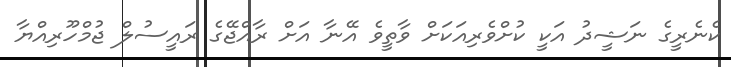
ކެނެރީގެ ނަޝީދު އަކީ ކުށްވެރިއަކަށް ވާތީވެ އޭނާ އަށް ރާއްޖޭގެ ރައީސުލް ޖުމްހޫރިއްޔާ